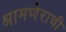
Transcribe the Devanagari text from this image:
श्रामणेराची